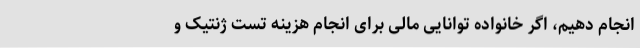
انجام دهیم، اگر خانواده توانایی مالی برای انجام هزینه تست ژنتیک و